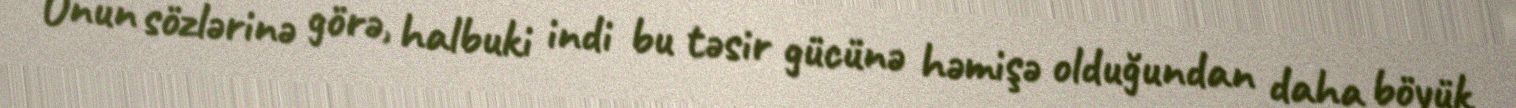
Onun sözlərinə görə, halbuki indi bu təsir gücünə həmişə olduğundan daha böyük